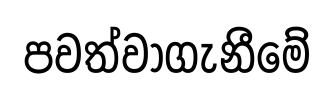
පවත්වාගැනීමේ